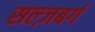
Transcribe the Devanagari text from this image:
सल्ज़बर्ग